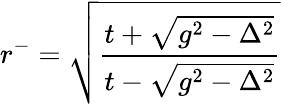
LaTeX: r^{-}=\sqrt{\frac{t+\sqrt{g^{2}-\Delta^{2}}}{t-\sqrt{g^{2}-\Delta^{2}}}}